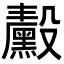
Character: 𬆴